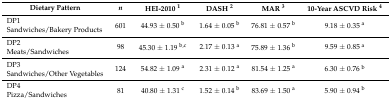
<table><thead><tr><td><b>Dietary Pattern</b></td><td><b><i>n</i></b></td><td><b>HEI-2010 <sup>1</sup></b></td><td><b>DASH <sup>2</sup></b></td><td><b>MAR <sup>3</sup></b></td><td><b>10-Year ASCVD Risk <sup>4</sup></b></td></tr></thead><tbody><tr><td>DP1Sandwiches/Bakery Products</td><td>601</td><td>44.93 ± 0.50 <sup>b</sup></td><td>1.64 ± 0.05 <sup>b</sup></td><td>76.81 ± 0.57 <sup>b</sup></td><td>9.18 ± 0.35 <sup>a</sup></td></tr><tr><td>DP2Meats/Sandwiches</td><td>98</td><td>45.30 ± 1.19 <sup>b,c</sup></td><td>2.17 ± 0.13 <sup>a</sup></td><td>75.89 ± 1.36 <sup>b</sup></td><td>9.59 ± 0.85 <sup>a</sup></td></tr><tr><td>DP3Sandwiches/Other Vegetables</td><td>124</td><td>54.82 ± 1.09 <sup>a</sup></td><td>2.31 ± 0.12 <sup>a</sup></td><td>81.54 ± 1.25 <sup>a</sup></td><td>6.30 ± 0.76 <sup>b</sup></td></tr><tr><td>DP4Pizza/Sandwiches</td><td>81</td><td>40.80 ± 1.31 <sup>c</sup></td><td>1.52 ± 0.14 <sup>b</sup></td><td>83.69 ± 1.50 <sup>a</sup></td><td>5.90 ± 0.94 <sup>b</sup></td></tr></tbody></table>